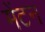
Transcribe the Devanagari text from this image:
मेंटन